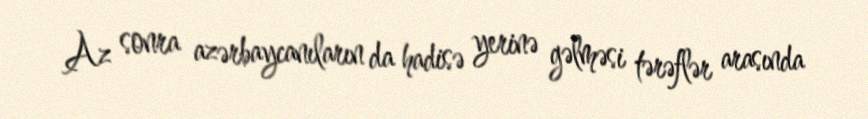
Az sonra azərbaycanıların da hadisə yerinə gəlməsi tərəflər arasında